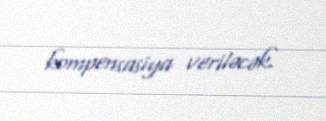
kompensasiya veriləcək.